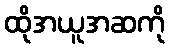
ထိုအယူအဆကို